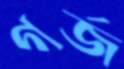
গর্‌জ